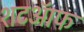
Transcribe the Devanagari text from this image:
शटऑफ